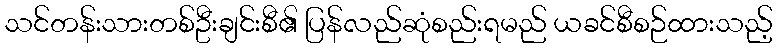
သင်တန်းသားတစ်ဦးချင်းစီ၏ ပြန်လည်ဆုံစည်းရမည် ယခင်စီစဉ်ထားသည့်